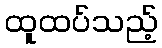
ထူထပ်သည့်